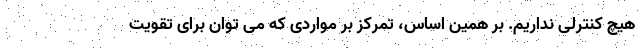
هیچ کنترلی نداریم. بر همین اساس، تمرکز بر مواردی که می توان برای تقویت